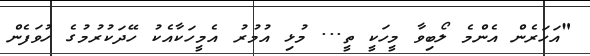
"އަހަރެން އެންމެ ލޯބިވާ މީހަކީ ތީ... މުޅި އުމުރު އެމީހަކާއެކު ހޭދަކުރުމުގެ ހުވަފެން